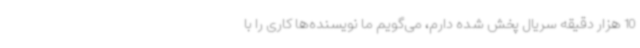
10 هزار دقیقه سریال پخش شده دارم، می‌گویم ما نویسنده‌ها کاری را با